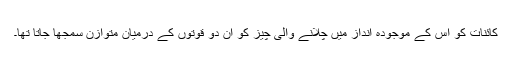
کائنات کو اس کے موجودہ انداز میں چلانے والی چیز کو ان دو قوتوں کے درمیان متوازن سمجھا جاتا تھا۔